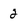
Character: 2